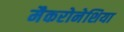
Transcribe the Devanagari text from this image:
मैकरोनेशिया